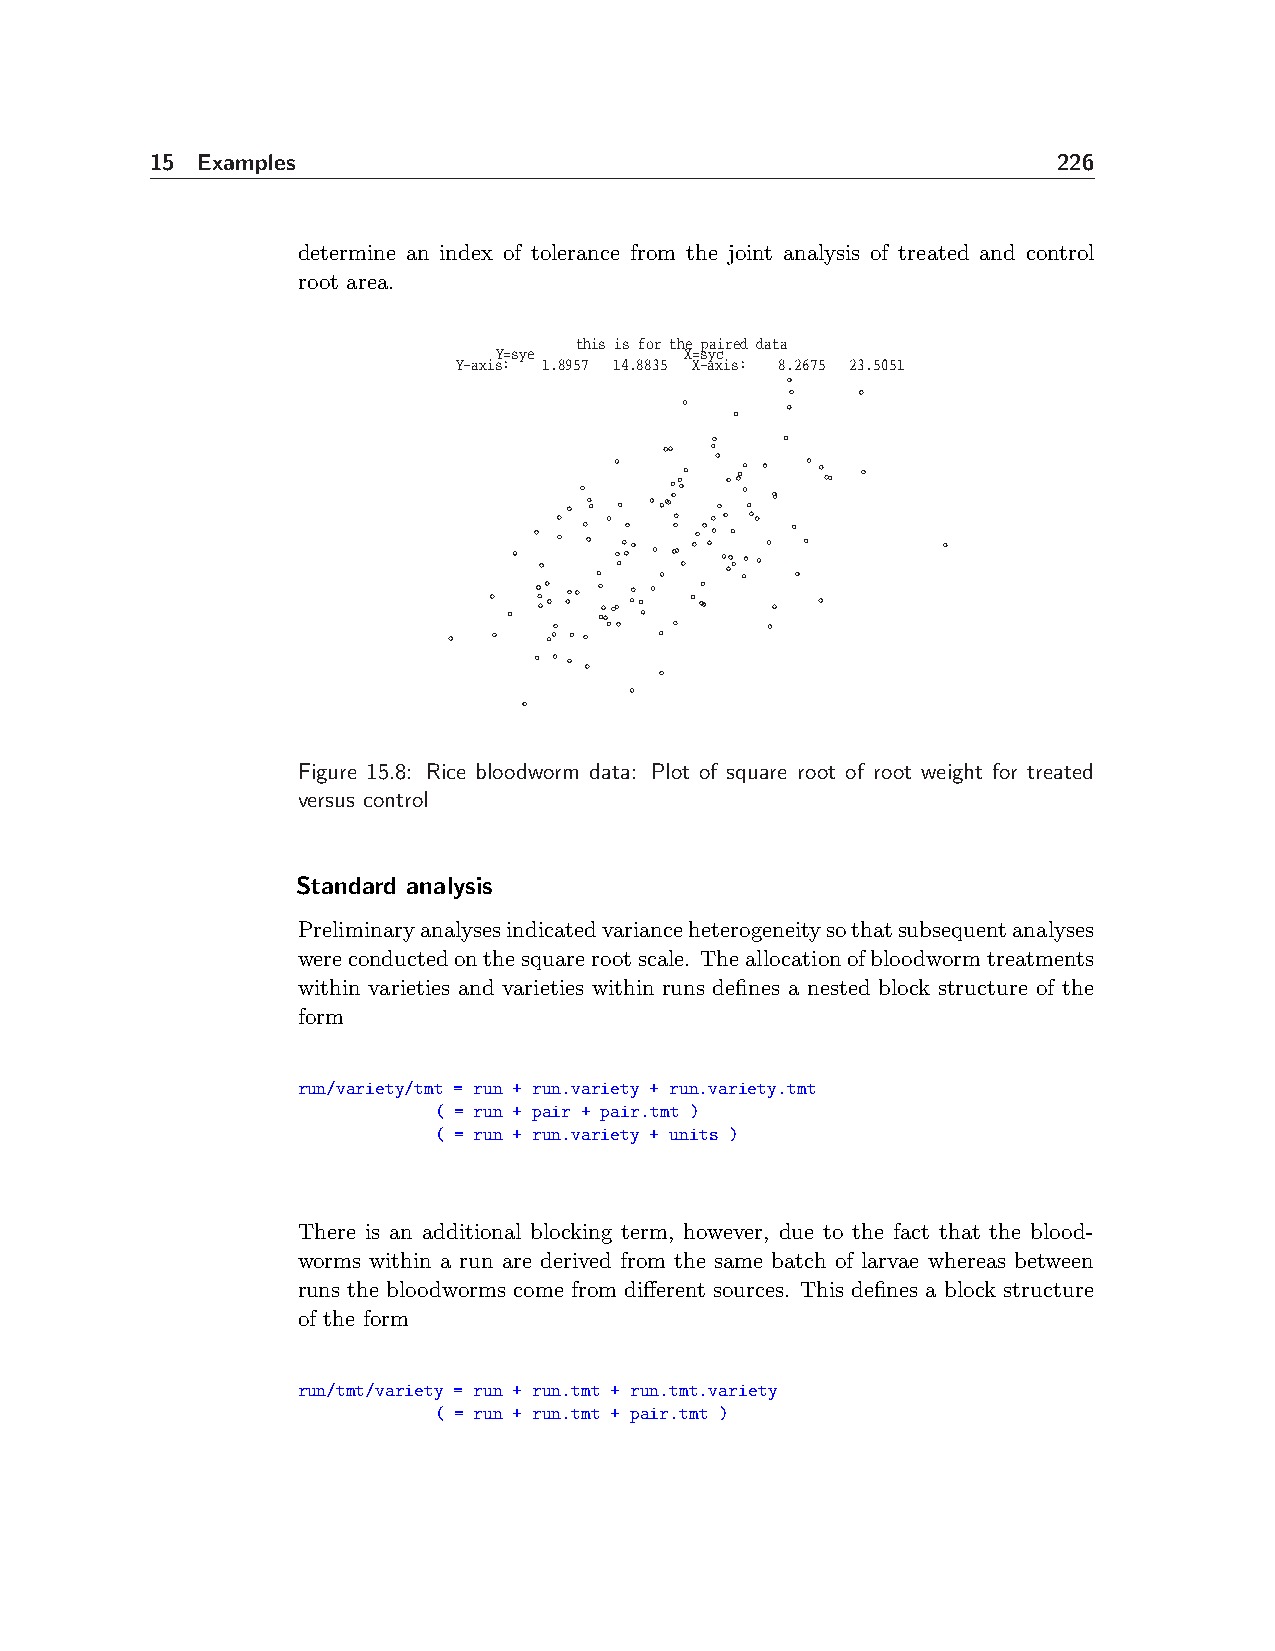
15 Examples                                                 226
 determine an index of tolerance from the joint analysis of treated and control
 root area.
 this is for the paired data
 Y=sye       X=syc
 Y−axis: 1.8957 14.8835 X−axis: 8.2675 23.5051
 Figure 15.8: Rice bloodworm data: Plot of square root of root weight for treated
 versus control
 Standard analysis
 Preliminaryanalysesindicatedvarianceheterogeneitysothatsubsequentanalyses
 wereconductedonthesquarerootscale. Theallocationofbloodwormtreatments
 within varieties and varieties within runs defines a nested block structure of the
 form
 run/variety/tmt = run + run.variety + run.variety.tmt
 ( = run + pair + pair.tmt )
 ( = run + run.variety + units )
 There is an additional blocking term, however, due to the fact that the blood-
 worms within a run are derived from the same batch of larvae whereas between
 runs the bloodworms come from different sources. This defines a block structure
 of the form
 run/tmt/variety = run + run.tmt + run.tmt.variety
 ( = run + run.tmt + pair.tmt )